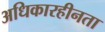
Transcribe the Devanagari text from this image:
अधिकारहीनता